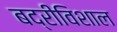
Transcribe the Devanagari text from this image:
बद्रीविशाल